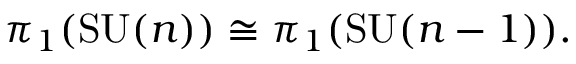
\pi _ { 1 } ( \mathrm { S U } ( n ) ) \cong \pi _ { 1 } ( \mathrm { S U } ( n - 1 ) ) .